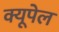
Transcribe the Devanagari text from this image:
क्यूपेल